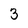
Character: 3